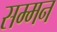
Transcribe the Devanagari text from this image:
सम्‍मन